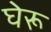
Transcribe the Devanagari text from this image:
घेरू